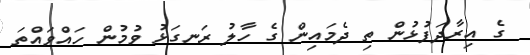
ގެ އިރާދަފުޅުން ތި ދެމައިން ގެ ހާލު ރަނގަޅު ވުމުން ހައްވައްތަ